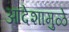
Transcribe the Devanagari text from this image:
आदेशामुळे